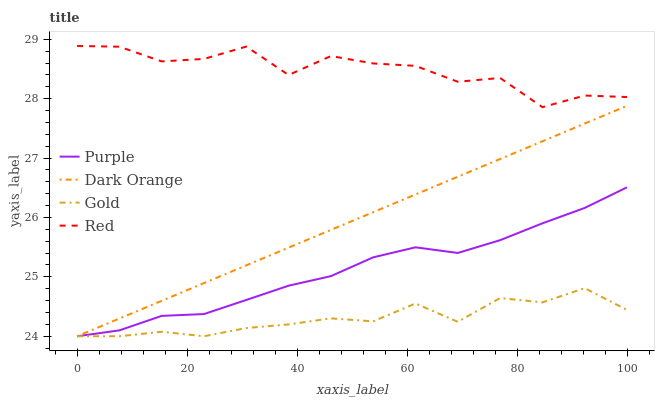
| xaxis_label | Purple | Dark Orange | Gold | Red |
 | --- | --- | --- | --- | --- |
 | 0 | 24 | 24 | 24 | 28.9 |
 | 7.69 | 24.1 | 24.3 | 24 | 28.9 |
 | 15.4 | 24.3 | 24.6 | 24.1 | 28.6 |
 | 23.1 | 24.4 | 24.9 | 24 | 28.7 |
 | 30.8 | 24.6 | 25.2 | 24.1 | 28.9 |
 | 38.5 | 24.9 | 25.5 | 24.2 | 28.4 |
 | 46.2 | 25 | 25.8 | 24.3 | 28.7 |
 | 53.8 | 25.3 | 26.1 | 24.3 | 28.6 |
 | 61.5 | 25.5 | 26.4 | 24.6 | 28.6 |
 | 69.2 | 25.4 | 26.7 | 24.2 | 28.3 |
 | 76.9 | 25.6 | 27 | 24.6 | 28.4 |
 | 84.6 | 25.9 | 27.3 | 24.6 | 27.9 |
 | 92.3 | 26.2 | 27.6 | 24.8 | 28.1 |
 | 100 | 26.5 | 27.9 | 24.4 | 28 |